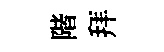
階拜